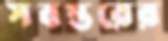
সবস্তরের